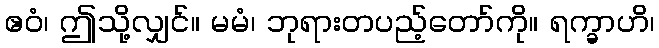
ဧဝံ၊ ဤသို့လျှင်။ မမံ၊ ဘုရားတပည့်တော်ကို။ ရက္ခာဟိ၊